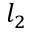
l _ { 2 }